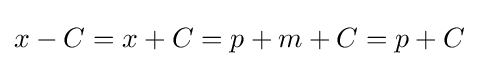
x-C=x+C=p+m+C=p+C